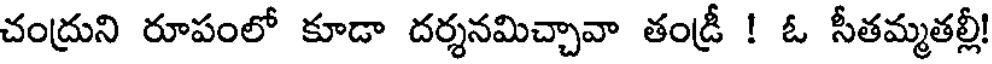
చంద్రుని రూపంలో కూడా దర్శనమిచ్చావా తండ్రీ ! ఓ సీతమ్మతల్లీ!